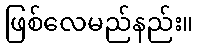
ဖြစ်လေမည်နည်း။